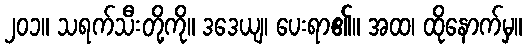
၂၀၁။ သရက်သီးတို့ကို။ ဒဒေယျ၊ ပေးရာ၏။ အထ၊ ထိုနောက်မှ။